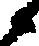
候